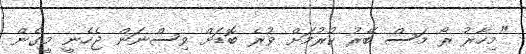
"މިހާރު ރޯ މަސް ބޭރު ކުރުމަށް ވުރެ ބޮޑަށް ވިސްނަން ޖެހެނީ މީގެން